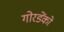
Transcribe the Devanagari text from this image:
गोरडेंको